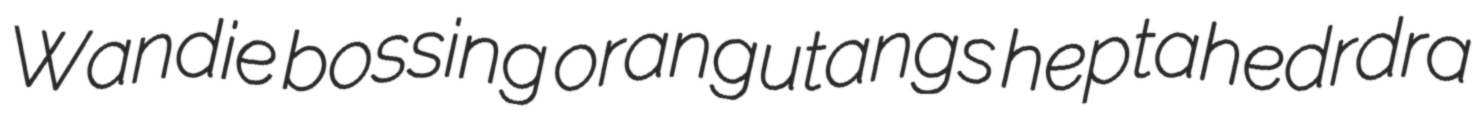
Wandie bossing orangutangs heptahedrdra